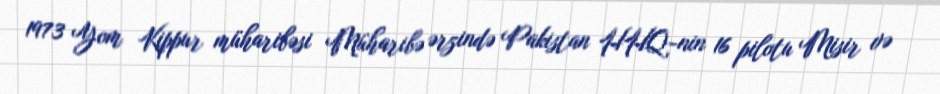
1973 Yom Kippur müharibəsi Müharibə ərzində Pakistan HHQ-nin 16 pilotu Misir və